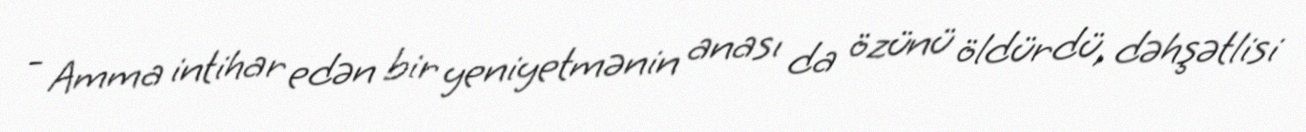
- Amma intihar edən bir yeniyetmənin anası da özünü öldürdü, dəhşətlisi